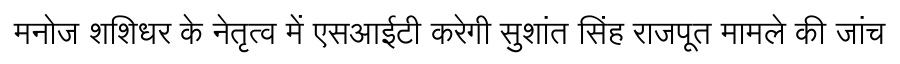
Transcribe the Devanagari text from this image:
मनोज शशिधर के नेतृत्व में एसआईटी करेगी सुशांत सिंह राजपूत मामले की जांच